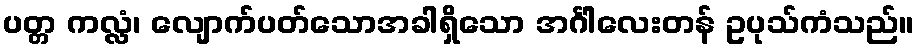
ပတ္တ ကလ္လံ၊ လျောက်ပတ်သောအခါရှိသော အင်္ဂါလေးတန် ဥပုသ်ကံသည်။